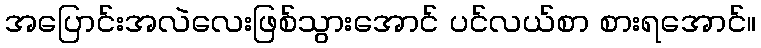
အပြောင်းအလဲလေးဖြစ်သွားအောင် ပင်လယ်စာ စားရအောင်။